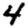
Digit: 4